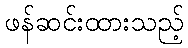
ဖန်ဆင်းထားသည့်